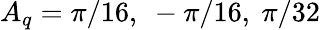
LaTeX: A_{q}={\pi}/{16},\ -{\pi}/{16},\ {\pi}/{32}